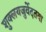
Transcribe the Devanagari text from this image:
शुक्लयजुर्वेदतथा